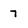
Character: 7